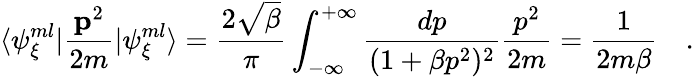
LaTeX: \langle\psi_{{\xi}}^{ml}\vert\frac{{\mathbf{p}}^{2}}{2m}\vert\psi_{{\xi}}^{ml}\rangle=\frac{2\sqrt{\beta}}{\pi}\int_{-\infty}^{+\infty}\frac{dp}{(1+\beta p^{2})^{2}}\frac{p^{2}}{2m}=\frac{1}{2m\beta}\quad.